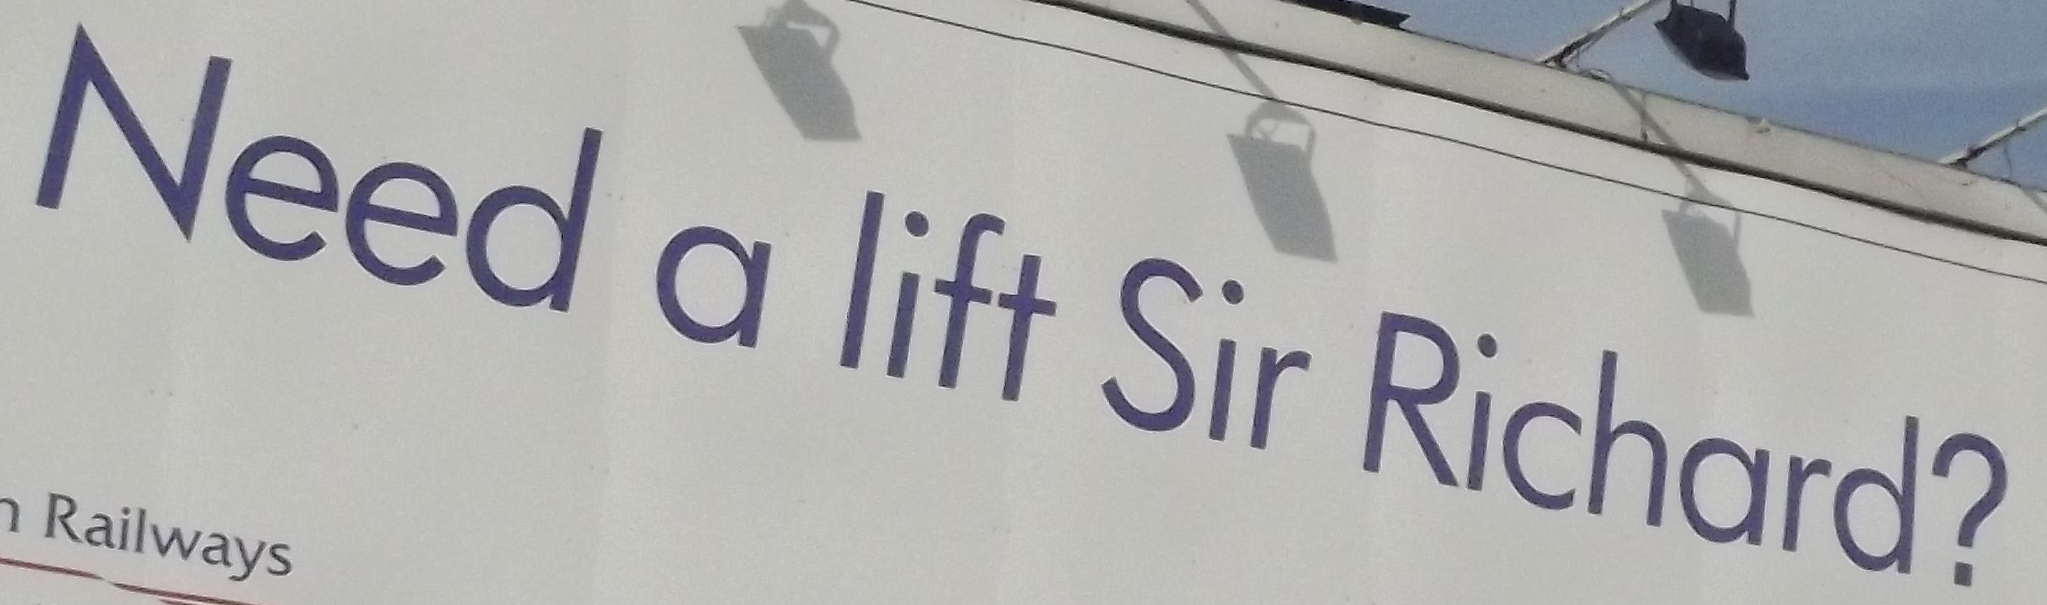
Need a lift Sir Richard?